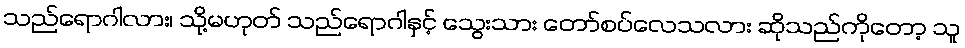
သည်ရောဂါလား၊ သို့မဟုတ် သည်ရောဂါနှင့် သွေးသား တော်စပ်လေသလား ဆိုသည်ကိုတော့ သူ